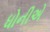
ધોનીએ